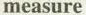
measure